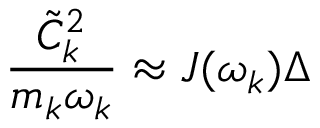
\frac { \tilde { C } _ { k } ^ { 2 } } { m _ { k } \omega _ { k } } \approx J ( \omega _ { k } ) \Delta